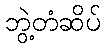
ဘွဲ့တံဆိပ်